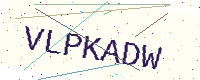
Text: VLPKADW